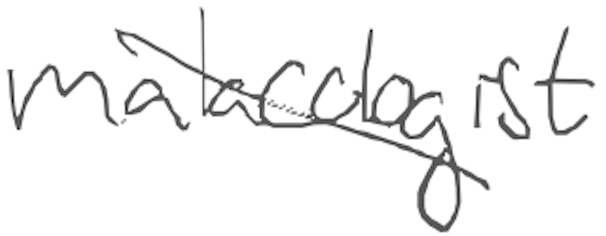
Text: malacologist
Cross-out: diagonal
Writing tool: digital_gray